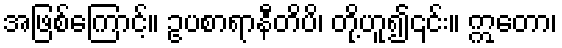
အဖြစ်ကြောင့်။ ဥပစာရာနီတိပိ၊ တို့ဟူ၍၎င်း။ ဣတော၊